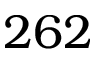
2 6 2